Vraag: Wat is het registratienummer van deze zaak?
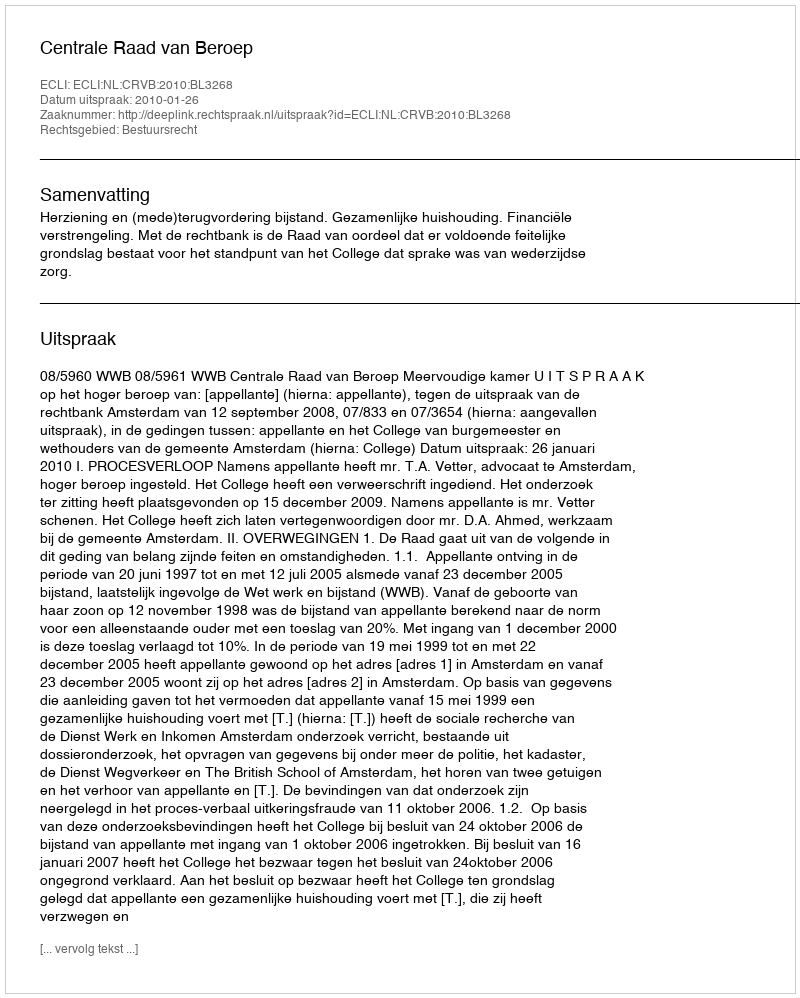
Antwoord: http://deeplink.rechtspraak.nl/uitspraak?id=ECLI:NL:CRVB:2010:BL3268